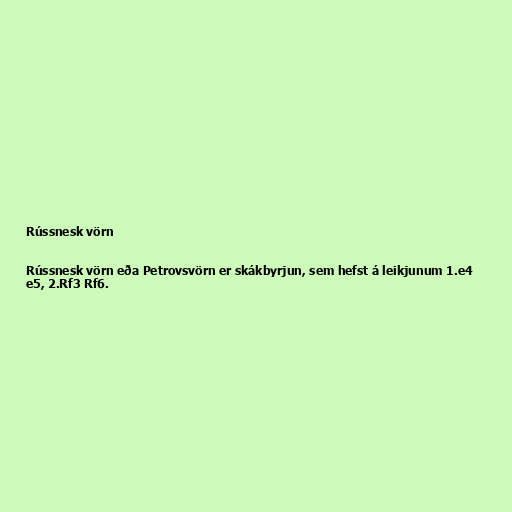
Rússnesk vörn

Rússnesk vörn eða Petrovsvörn er skákbyrjun, sem hefst á leikjunum 1.e4
e5, 2.Rf3 Rf6.